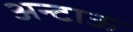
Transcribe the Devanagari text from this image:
अन्टाऊ